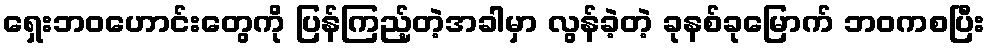
ရှေးဘဝဟောင်းတွေကို ပြန်ကြည့်တဲ့အခါမှာ လွန်ခဲ့တဲ့ ခုနစ်ခုမြောက် ဘဝကစပြီး